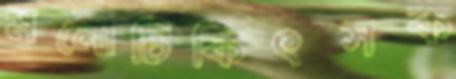
মনোচিকিৎসক